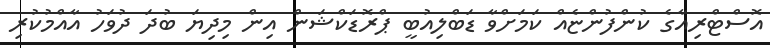
އޮސްޓްރިއާގެ ކުންފުންޏެއް ކަމަށްވާ ޑަބްލިއުބީ ޕްރޮޑަކްޝަން އިން މިދިޔަ ބުދަ ދުވަހު އާއްމުކުރި